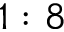
1 : 8